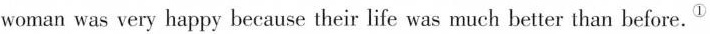
woman was very happy because their life was much better than before.^①